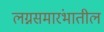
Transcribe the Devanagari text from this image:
लग्नसमारंभातील